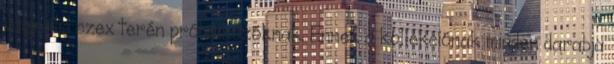
vaginális szex terén próbálkozóknak. Ennek a kollekciónak minden darabja